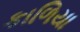
કાળિયા